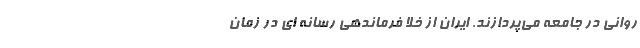
روانی در جامعه می‌پردازند. ایران از خلا فرماندهی رسانه ای در زمان